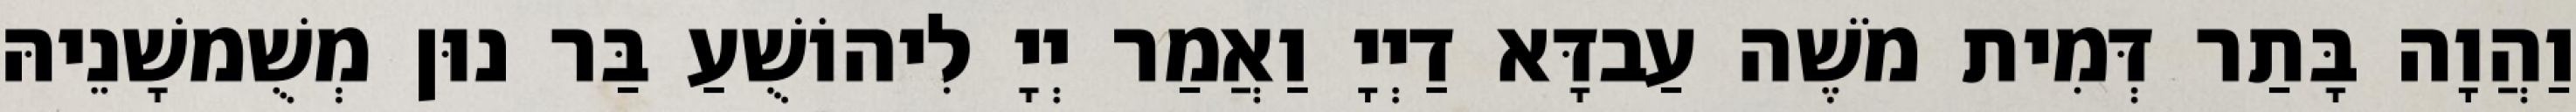
וַהֲוָה בָּתַר דְּמִית מֹשֶׁה עַבדָּא דַיְיָ וַאֲמַר יְיָ לִיהוֹשֻׁעַ בַּר נוּן מְשֻׁמשָׁנֵיהּ